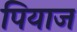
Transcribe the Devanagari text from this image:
पियाज